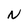
Character: N